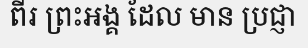
ពីរ ព្រះអង្គ ដែល មាន ប្រជ្ញា